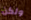
ولكن